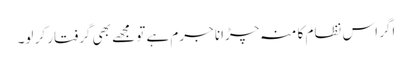
اگر اس نظام کا منہ چڑانا جرم ہے تو مجھے بھی گرفتار کر لو۔